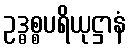
ဥဒ္ဓစ္စပရိယုဋ္ဌာနံ